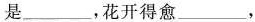
是___，花开得愈___，